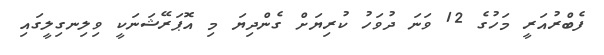
ފެބްރުއަރީ މަހުގެ 12 ވަނަ ދުވަހު ކުރިޔަށް ގެންދިޔަ މި އޮޕަރޭޝަނަކީ ވިލިނގިލީގައި